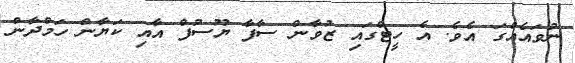
ނުވައެއްގަ އެވެ. އެ ހީޓްގައި ޒުވާން ސާފާ ޔޫސުފް އާއި ކަޔާން ހަމްދާން